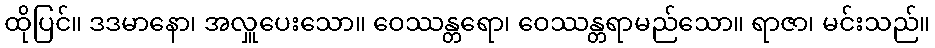
ထိုပြင်။ ဒဒမာနော၊ အလှူပေးသော။ ဝေဿန္တရော၊ ဝေဿန္တရာမည်သော။ ရာဇာ၊ မင်းသည်။